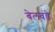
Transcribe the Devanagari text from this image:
बेलवंडे